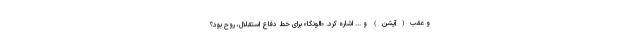
و عقب(آپشن) و ... اشاره کرد. «الونگا» برای خط دفاع استقلال، روح بود؟